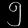
Digit: ၅